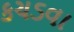
કચડવા